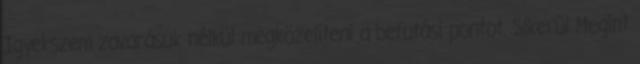
Igyekszem zavarásuk nélkül megközelíteni a befutási pontot. Sikerül Megint